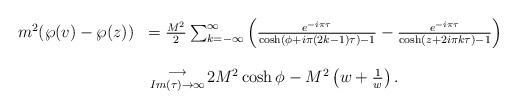
LaTeX: \begin{align*}\begin{array}{rl}m\sp2(\wp(v)-\wp(z))&=\frac{M\sp2}{2}\sum_{k=-\infty}\sp{\infty}\left(\frac{e\sp{-i\pi\tau}}{\cosh(\phi+i\pi (2k-1)\tau)-1}-\frac{e\sp{-i\pi\tau}}{\cosh(z+2i\pi k\tau)-1}\right)\\\\&{\longrightarrow \atop {Im(\tau)\rightarrow\infty} }2 M\sp2\cosh\phi-M\sp2\left(w+\frac{1}{w}\right).\end{array}\end{align*}